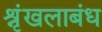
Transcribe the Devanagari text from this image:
श्रृंखलाबंध